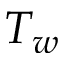
T _ { w }